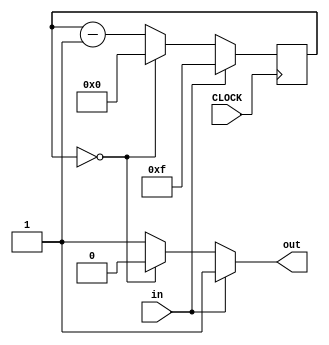
`timescale 1ns / 1ps

module signalextend(
    input in,
    input CLOCK,
    output out
    );
    
    reg [3:0] count = 4'b1111;
    always @ (posedge CLOCK) begin  
        count <= (in == 1) ? 4'b1111 : (count == 0) ? 0 : count - 1;
    end
    
    assign  out = (in == 1) ? 1 : (count == 0) ? 0 : 1;
    
endmodule